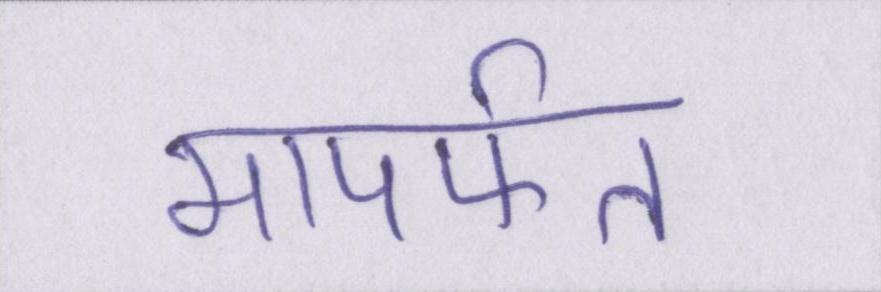
मापर्फत